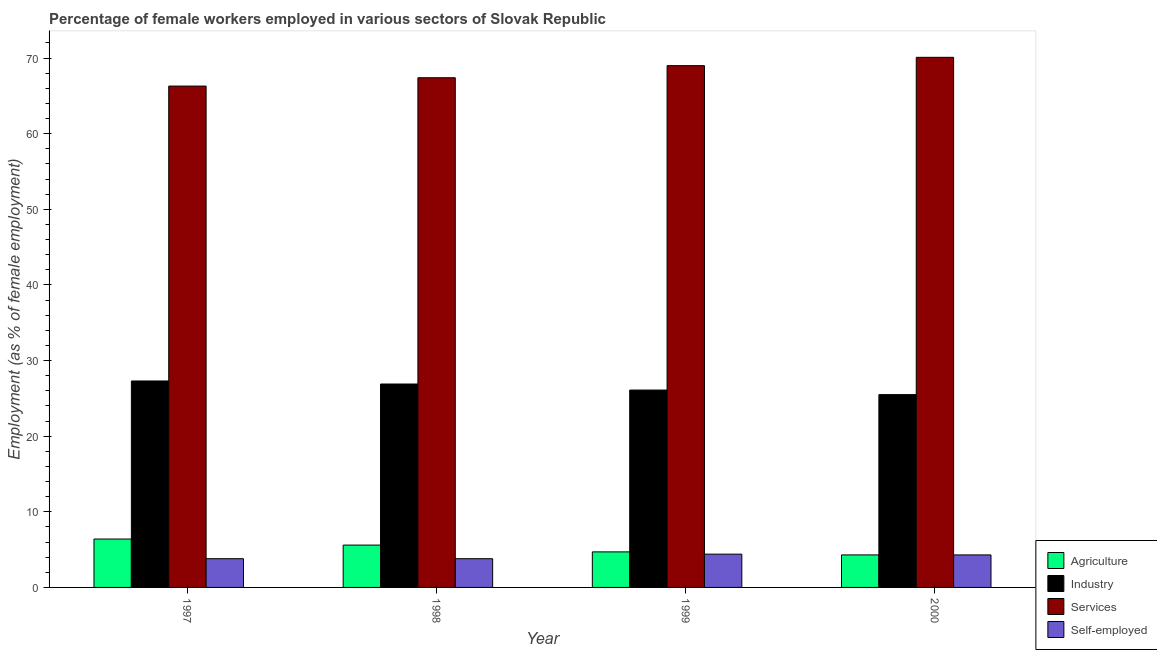
| Year | Agriculture | Industry | Services | Self-employed |
 | --- | --- | --- | --- | --- |
 | 1997 | 6.4 | 27.3 | 66.3 | 3.8 |
 | 1998 | 5.6 | 26.9 | 67.4 | 3.8 |
 | 1999 | 4.7 | 26.1 | 69 | 4.4 |
 | 2000 | 4.3 | 25.5 | 70.1 | 4.3 |